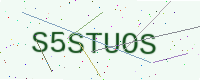
Text: S5STUOS